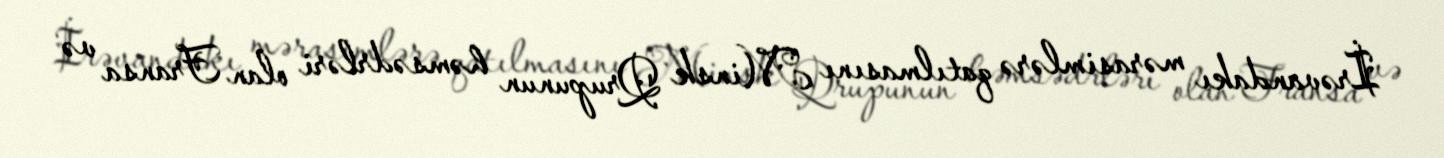
İrəvandakı mərasimlərə qatılmasını Minsk Qrupunun həmsədrləri olan Fransa və